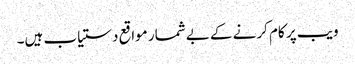
ویب پر کام کرنے کے بےشمار مواقع دستیاب ہیں۔